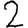
Digit: 2